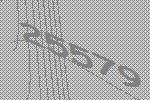
25579